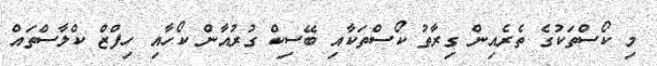
މި ކޯސްތަކުގެ ތެރެއިން ގިރާތު ކޯސްތަކާއި ބޭސިކް ގުރުއާން ކޯހާއި ހިފްޒް ކްލާސްތައް